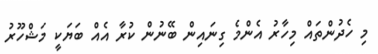
މި ހެދުންތައް މިހާރު އެންމެ ގިނައިން ބޭނުން ކުރާ އެއް ބަޔަކީ މަޝްހޫރު